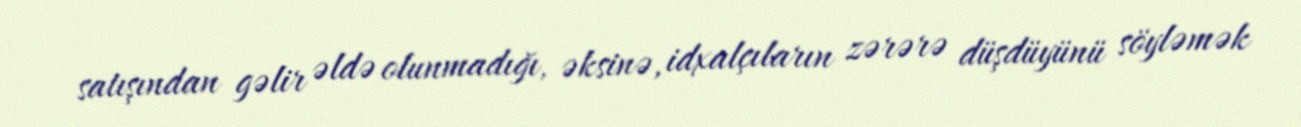
satışından gəlir əldə olunmadığı, əksinə, idxalçıların zərərə düşdüyünü söyləmək